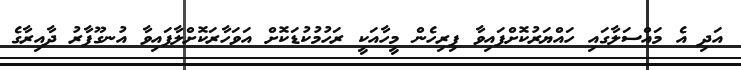
އަދި އެ މައްސަލާގައި ހައްޔަރުކޮށްފައިވާ ފިރިހެން މީހާއަކީ ރަހުމުކުޑަކޮށް އަވަހާރަކޮށްލާފައިވާ އުނގޫފާރު ދާއިރާގެ